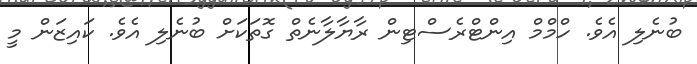
ބުނެލި އެވެ. ހްމްމް އިންޓްރެސްޓިން ރާޔާލާނެތް ގޮތަކަށް ބުނެލި އެވެ. ކައިޒަން މީ